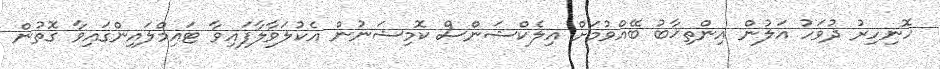
ހޮނިހިރު ދުވަހު އަލުން އިންތިޚާބު ބޭއްވުމަށް އިލެކްޝަންސް ކޮމިޝަނުން އެކުލަވާލާފައިވާ ޓައިމްލައިންގައިވާ ގޮތުން